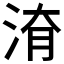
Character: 𱦚